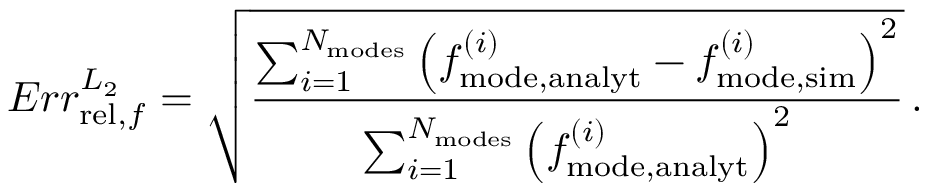
E r r _ { \mathrm { r e l } , f } ^ { L _ { 2 } } = \sqrt { \frac { \sum _ { i = 1 } ^ { N _ { \mathrm { m o d e s } } } \left( f _ { \mathrm { m o d e , a n a l y t } } ^ { ( i ) } - f _ { \mathrm { m o d e , s i m } } ^ { ( i ) } \right) ^ { 2 } } { \sum _ { i = 1 } ^ { N _ { \mathrm { m o d e s } } } \left( f _ { \mathrm { m o d e , a n a l y t } } ^ { ( i ) } \right) ^ { 2 } } } \, .